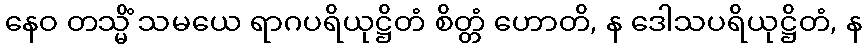
နေဝ တသ္မိံ သမယေ ရာဂပရိယုဋ္ဌိတံ စိတ္တံ ဟောတိ, န ဒေါသပရိယုဋ္ဌိတံ, န